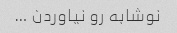
نوشابه رو نیاوردن …